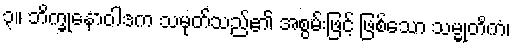
၃။ ဘိက္ခုနောဝါဒက သမုတ်သည်၏ အစွမ်းဖြင့် ဖြစ်သော သမ္မုတိကံ၊